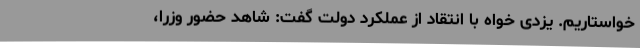
خواستاریم. یزدی خواه با انتقاد از عملکرد دولت گفت: شاهد حضور وزرا،